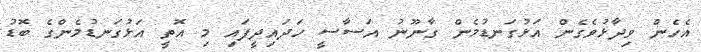
އެހެން ވިދާޅުވެގެން އަޅުގަނޑުމެން ގާނޫނު އަސާސީ ހަދައިދީފައި މި އޮތީ އަޅުގަނޑުމެންގެ ބޮޑު